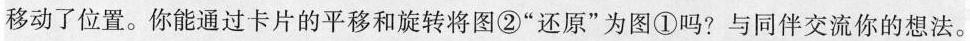
移动了位置。你能通过卡片的平移和旋转将图②”还原”为图①吗?与同伴交流你的想法。